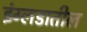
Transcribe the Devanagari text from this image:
इंग्लडातील